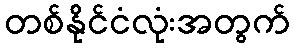
တစ်နိုင်ငံလုံးအတွက်